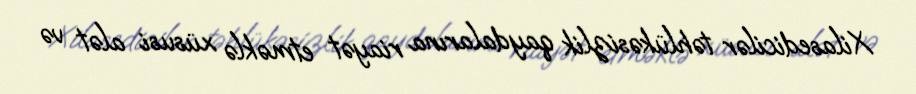
Xilasedicilər təhlükəsizlik qaydalarına riayət etməklə xüsusi alət və